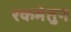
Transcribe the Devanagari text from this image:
रकमेतुन